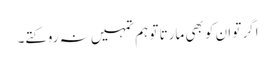
اگر تو ان کو بھی مارتا تو ہم تمہیں نہ روکتے۔